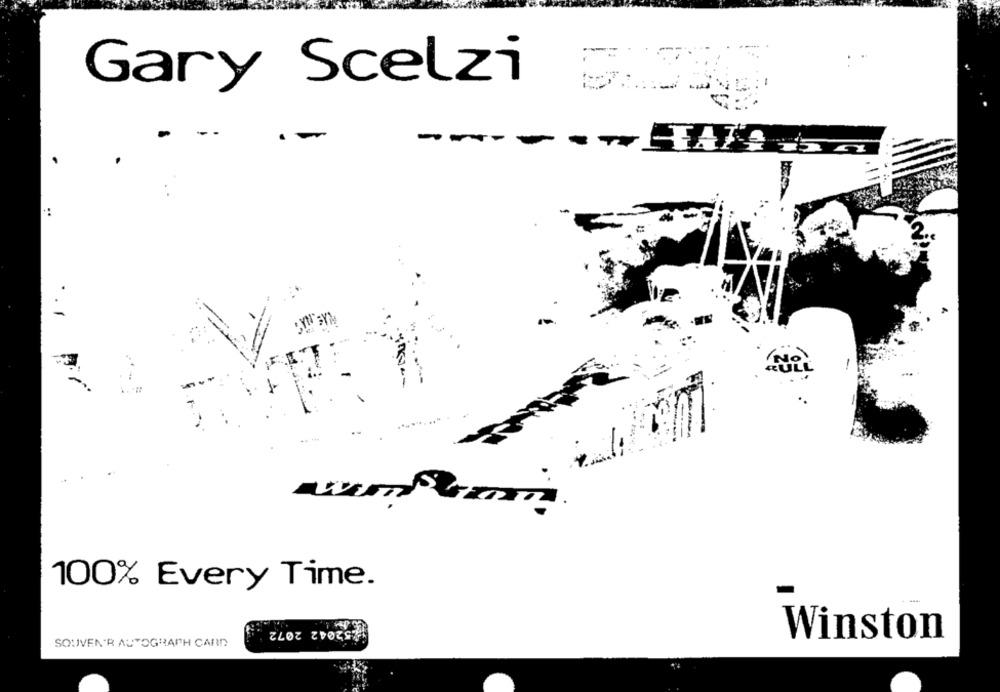
Gary Scelzi ;
-
RULL
100% Every Time.
152042 2072
Winston
SOUVEN'R AUTOGRAPH CARD